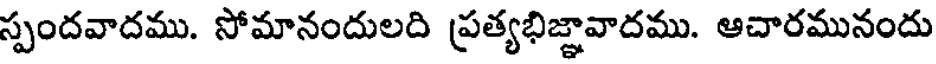
స్పందవాదము. సోమానందులది ప్రత్యభిజ్ఞావాదము. ఆచారమునందు